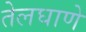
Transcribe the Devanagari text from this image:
तेलघाणे